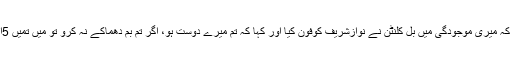
انہوں نے کہا کہ میری موجودگی میں بل کلنٹن نے نوازشریف کوفون کیا اور کہا کہ تم میرے دوست ہو، اگر تم بم دھماکے نہ کرو تو میں تمیں 5ارب دیتا ہوں ۔